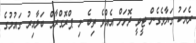
ރެޔަކު ގަޔާވެގެން ޓީވީ ދޮށަށް އެއްވެ ތިބެ މި ޕްރޮގްރާމް ބަލާއިރު ގައުމުގެ